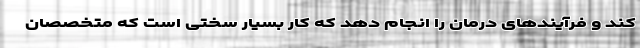
کند و فرآیندهای درمان را انجام دهد که کار بسیار سختی است که متخصصان